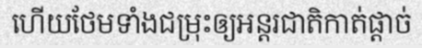
ហើយថែមទាំងជម្រុះឲ្យអន្តរជាតិកាត់ផ្តាច់